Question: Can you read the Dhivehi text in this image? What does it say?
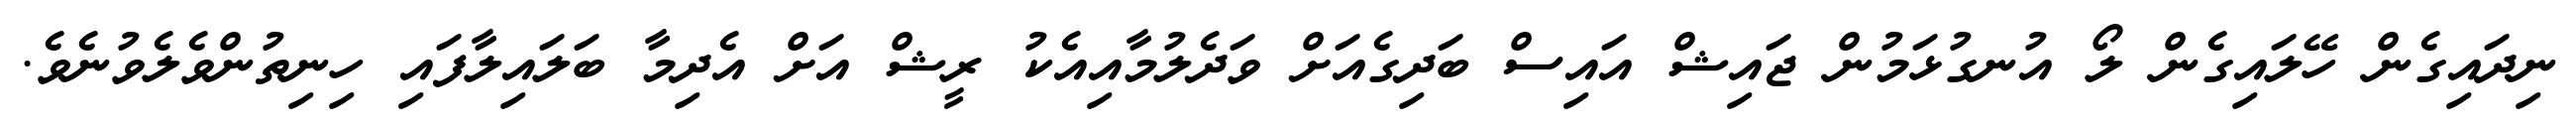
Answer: ނިދައިގެން ހޭލައިގެން ލޯ އުނގުޅަމުން ޖައިޝް އައިސް ބަދިގެއަށް ވަދެލުމާއިއެކު ރީޝް އަށް އެދިމާ ބަލައިލާފައި ހިނިތުންވެލެވުނެވެ.